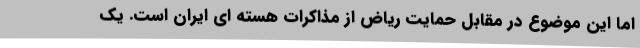
اما این موضوع در مقابل حمایت ریاض از مذاکرات هسته ای ایران است. یک